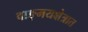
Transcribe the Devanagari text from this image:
वाङ्‌मयक्षेत्रात